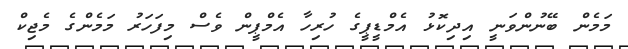
މަމެން ބޭނުންވަނީ އިދިކޮޅު އެމްޑީޕީގެ ހުރިހާ އެމްޕީން ވެސް މިފަހަރު މަމެންގެ މެޖިކް